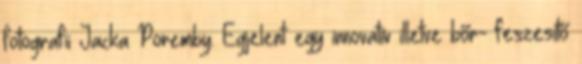
fotografii Jacka Poremby. Egjelent egy innovatív illetve bőr- feszesítő